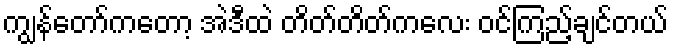
ကျွန်တော်ကတော့ အဲဒီထဲ တိတ်တိတ်ကလေး ဝင်ကြည့်ချင်တယ်